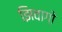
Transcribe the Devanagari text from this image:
झिवागो